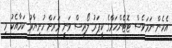
އެހެން ނަމަވެސް ޓޮޓެންހަމްގެ ކީޕަރު ލޯރިސް ވަނީ ވަރަށް ހުށިޔާރު ކަމާއެކު މި